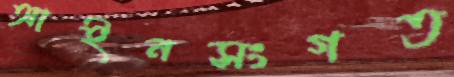
আইনসংগত